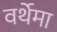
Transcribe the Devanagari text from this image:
वर्थेमा